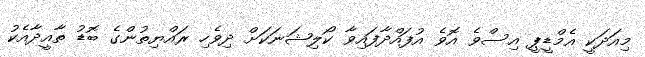
މިއަދަކީ އެމްޑީޕީ އިސްވެ އޮވެ އުފައްދާފައިވާ ކޯލިޝަނަކަށް ދިވެހި ރައްޔިތުންގެ ބޮޑު ތާއީދާއެކު